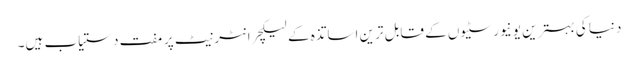
دنیا کی بہترین یونیورسٹیوں کے قابل ترین اساتذہ کے لیکچر انٹرنیٹ پر مفت دستیاب ہیں۔